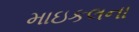
માઇકલના